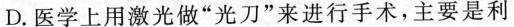
D.医学上用激光做”光刀”来进行手术，主要是利